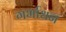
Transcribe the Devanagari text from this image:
गर्भाधन